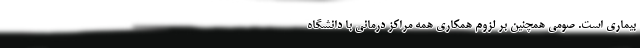
بیماری است. صومی همچنین بر لزوم همکاری همه مراکز درمانی با دانشگاه